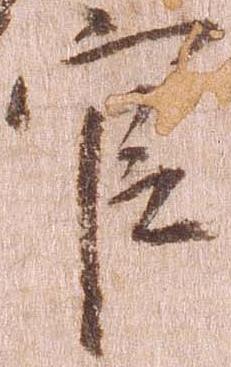
官